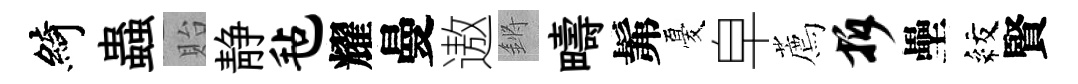
綺蟲貽静毡耀曼遨鏘疇髴憂皁薦拆壘紋賢